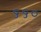
૬૬૦